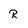
Character: R